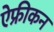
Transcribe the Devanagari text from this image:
ऐफ्रीकन